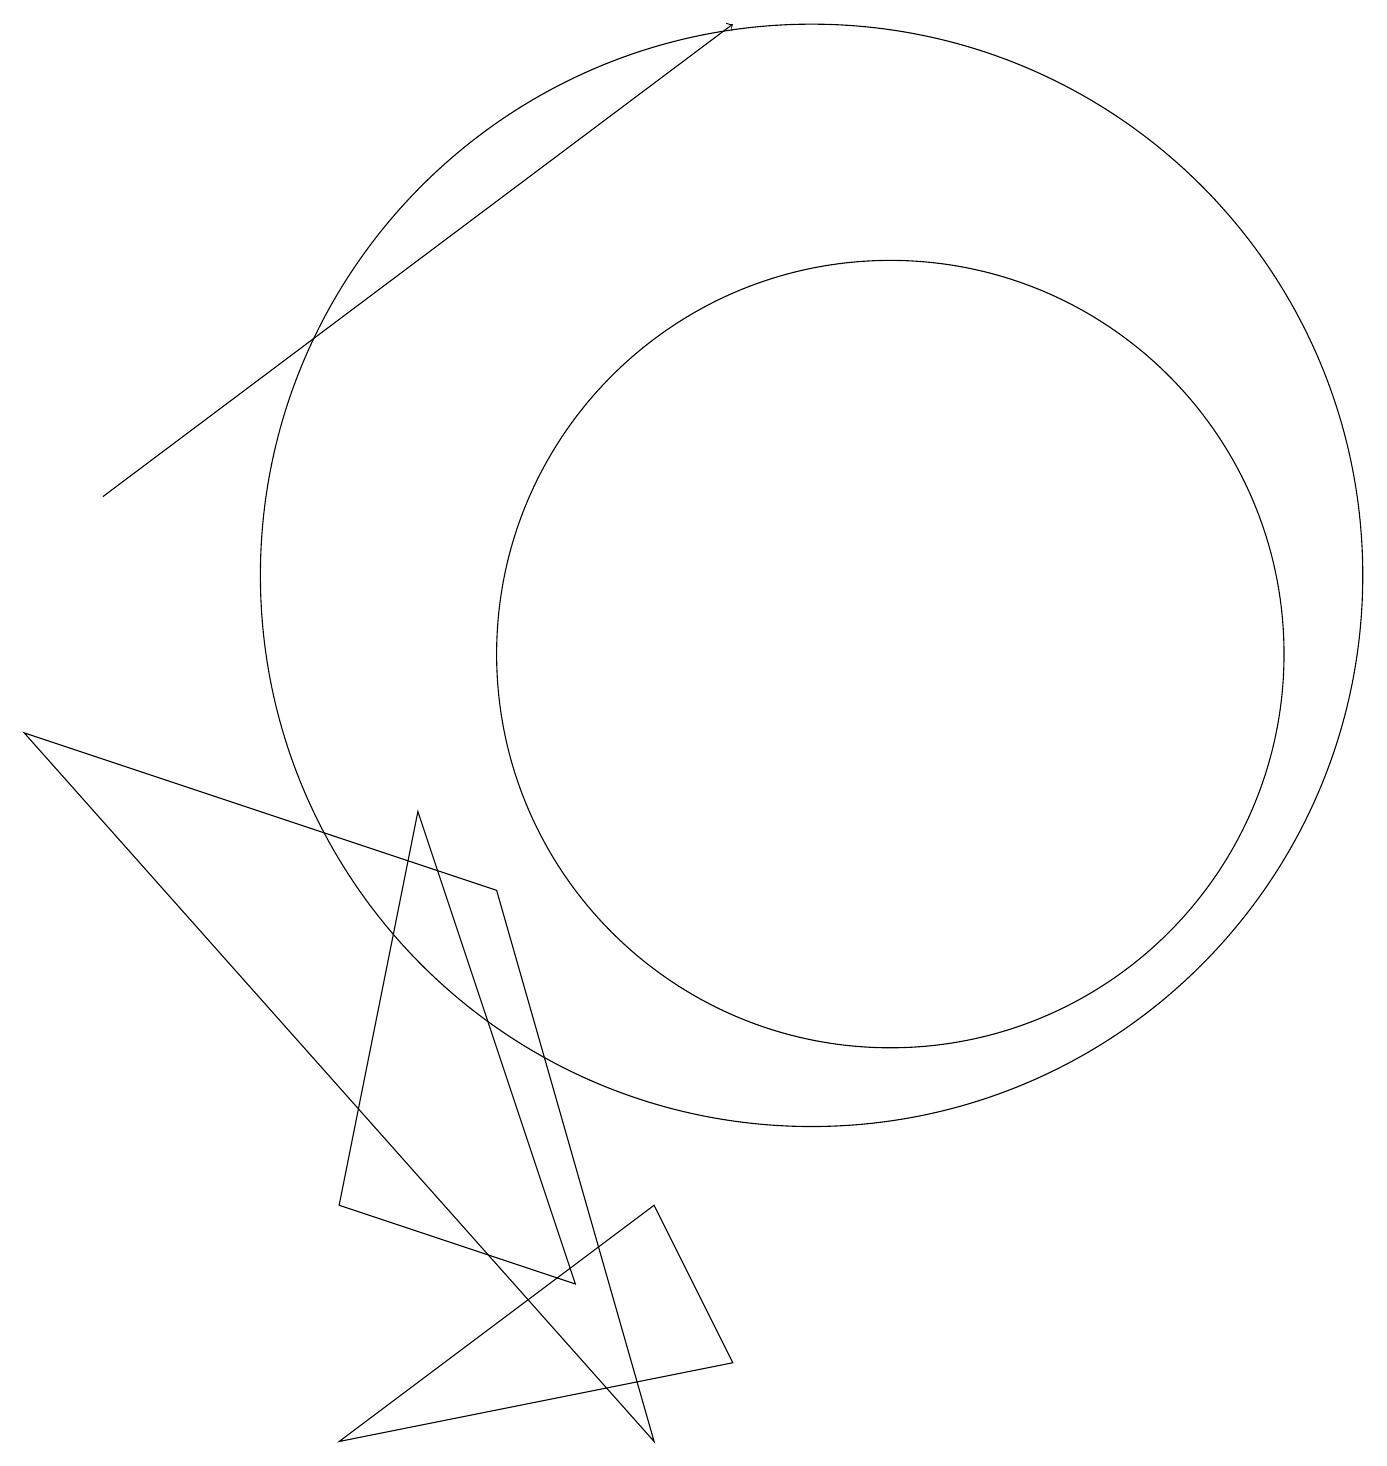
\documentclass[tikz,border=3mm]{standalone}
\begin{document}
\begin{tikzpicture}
\draw (9,1) -- (4,0) -- (8,3) -- cycle;
\draw (4,3) -- (7,2) -- (5,8) -- cycle;
\draw (6,7) -- (8,0) -- (0,9) -- cycle;
\draw (11,10) circle (5);
\draw[->] (1,12) -- (9,18);
\draw (10,11) circle (7);
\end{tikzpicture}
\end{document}